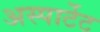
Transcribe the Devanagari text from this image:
अस्पार्टेट